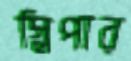
স্লিপার